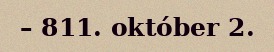
– 811. október 2.